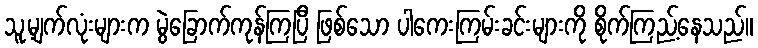
သူ့မျက်လုံးများက မွဲခြောက်ကုန်ကြပြီ ဖြစ်သော ပါကေးကြမ်းခင်းများကို စိုက်ကြည့်နေသည်။